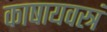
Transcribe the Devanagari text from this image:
काषायवस्त्रं